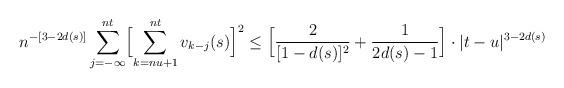
LaTeX: \begin{align*}n^{-[3-2d(s)]}\sum_{j=-\infty}^{nt}\Bigl[\sum_{k=nu+1}^{nt}v_{k-j}(s)\Bigr]^2\le\Bigl[\frac2{[1-d(s)]^2}+\frac1{2d(s)-1}\Bigr]\cdot|t-u|^{3-2d(s)}\end{align*}